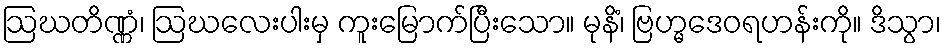
ဩဃတိဏ္ဏံ၊ ဩဃလေးပါးမှ ကူးမြောက်ပြီးသော။ မုနိံ၊ ဗြဟ္မဒေဝရဟန်းကို။ ဒိသွာ၊